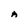
Character: A